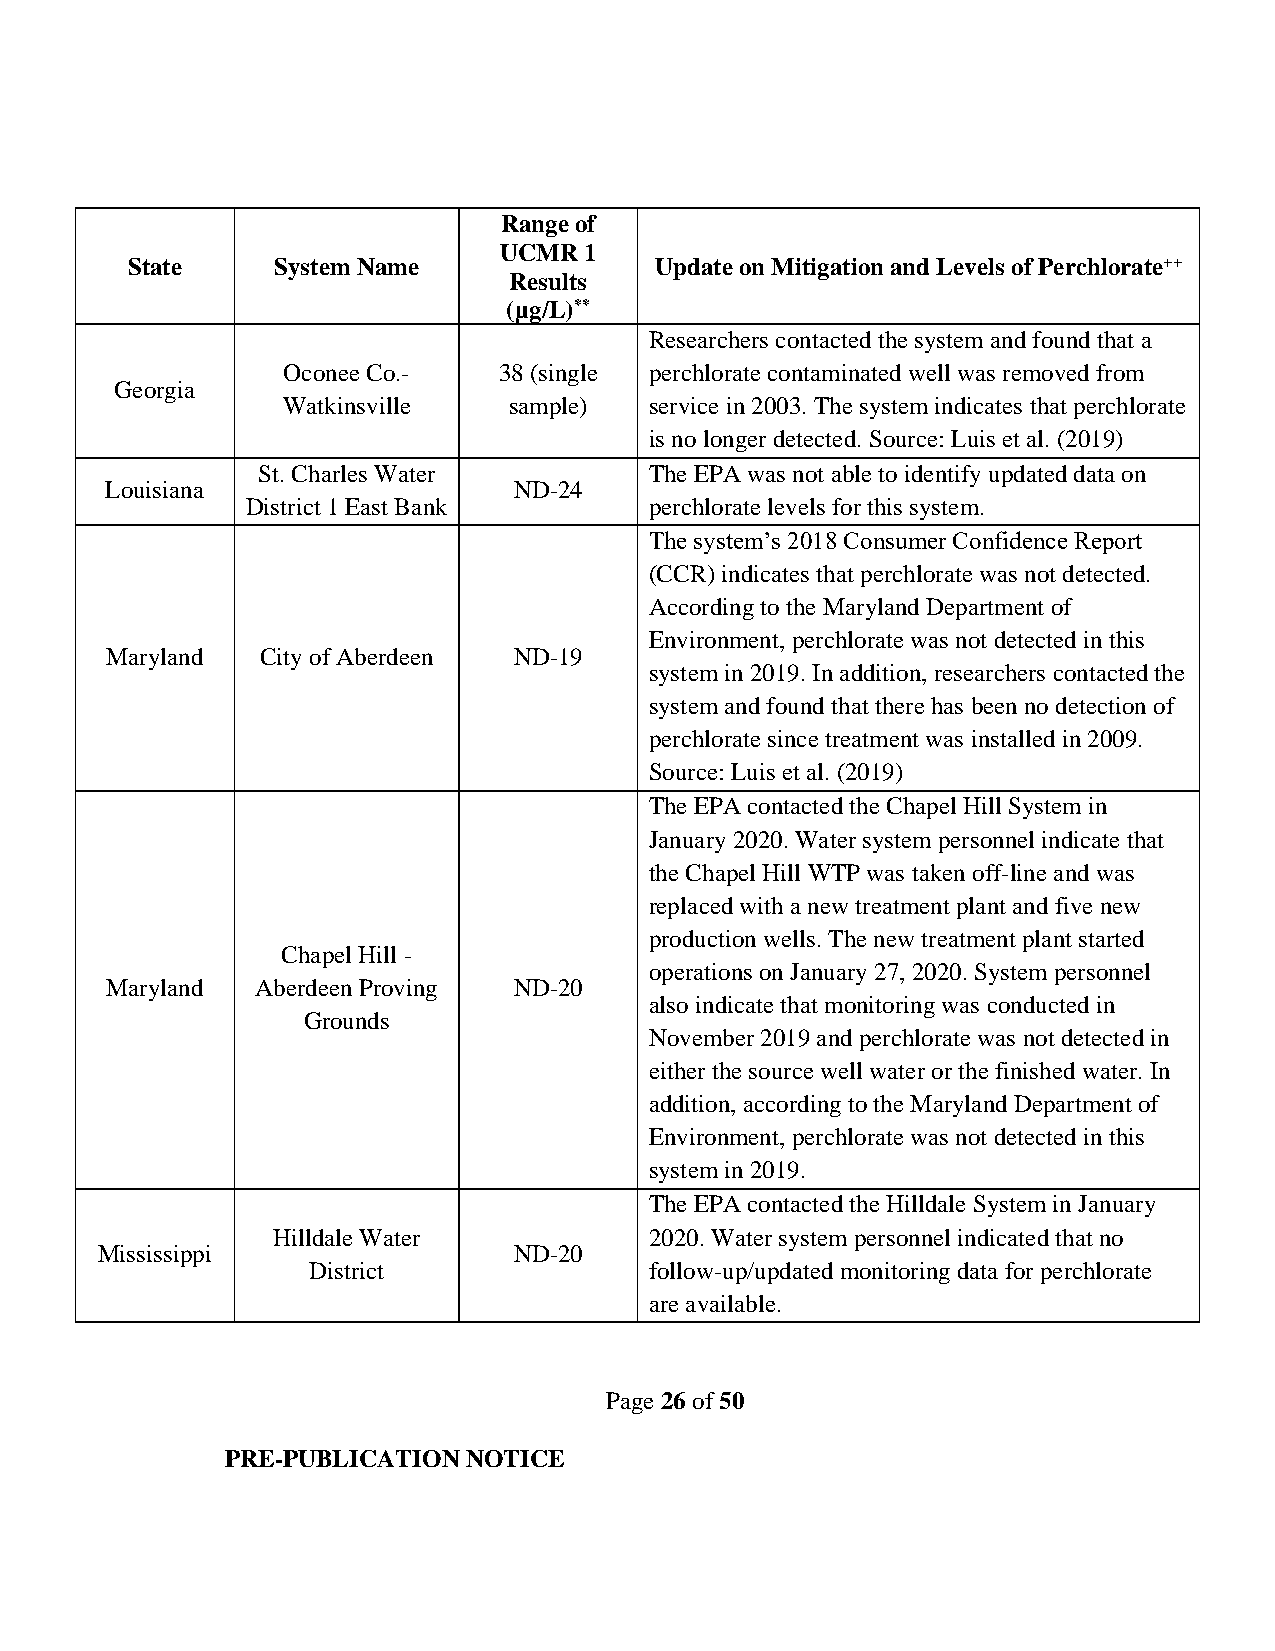
Range of
 UCMR  1
 State     System Name              Update on Mitigation and Levels of Perchlorate++
 Results
 (µg/L)**
 Researchers contacted the system and found that a
 Oconee Co.-   38 (single perchlorate contaminated well was removed from
 Georgia
 Watkinsville   sample)  service in 2003. The system indicates that perchlorate
 is no longer detected. Source: Luis et al. (2019)
 St. Charles Water         The EPA was not able to identify updated data on
 Louisiana                  ND-24
 District 1 East Bank       perchlorate levels for this system.
 The system’s 2018 Consumer Confidence Report
 (CCR) indicates that perchlorate was not detected.
 According to the Maryland Department of
 Environment, perchlorate was not detected in this
 Maryland  City of Aberdeen ND-19
 system in 2019. In addition, researchers contacted the
 system and found that there has been no detection of
 perchlorate since treatment was installed in 2009.
 Source: Luis et al. (2019)
 The EPA contacted the Chapel Hill System in
 January 2020. Water system personnel indicate that
 the Chapel Hill WTP was taken off-line and was
 replaced with a new treatment plant and five new
 production wells. The new treatment plant started
 Chapel Hill -
 operations on January 27, 2020. System personnel
 Maryland  Aberdeen Proving ND-20
 also indicate that monitoring was conducted in
 Grounds
 November 2019 and perchlorate was not detected in
 either the source well water or the finished water. In
 addition, according to the Maryland Department of
 Environment, perchlorate was not detected in this
 system in 2019.
 The EPA contacted the Hilldale System in January
 Hilldale Water           2020. Water system personnel indicated that no
 Mississippi                 ND-20
 District               follow-up/updated monitoring data for perchlorate
 are available.
 Page 26 of 50
 PRE-PUBLICATION NOTICE